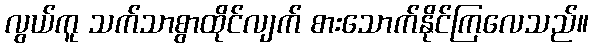
လွယ်ကူ သက်သာစွာထိုင်လျက် စားသောက်နိုင်ကြလေသည်။